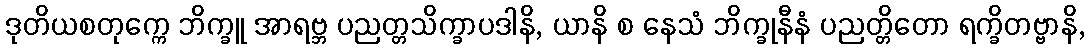
ဒုတိယစတုက္ကေ ဘိက္ခူ အာရဗ္ဘ ပညတ္တသိက္ခာပဒါနိ, ယာနိ စ နေသံ ဘိက္ခုနီနံ ပညတ္တိတော ရက္ခိတဗ္ဗာနိ,